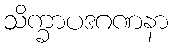
သိက္ခာပဒဂဏနာ